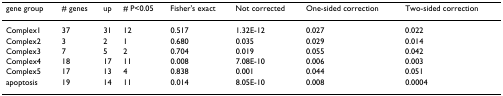
<table><thead><tr><td><b>gene group</b></td><td><b># genes</b></td><td><b>up</b></td><td><b># P&lt;0.05</b></td><td><b>Fisher&#x27;s exact</b></td><td><b>Not corrected</b></td><td><b>One-sided correction</b></td><td><b>Two-sided correction</b></td></tr></thead><tbody><tr><td>Complex1</td><td>37</td><td>31</td><td>12</td><td>0.517</td><td>1.32E-12</td><td>0.027</td><td>0.022</td></tr><tr><td>Complex2</td><td>3</td><td>2</td><td>1</td><td>0.680</td><td>0.035</td><td>0.029</td><td>0.014</td></tr><tr><td>Complex3</td><td>7</td><td>5</td><td>2</td><td>0.704</td><td>0.019</td><td>0.055</td><td>0.042</td></tr><tr><td>Complex4</td><td>18</td><td>17</td><td>11</td><td>0.008</td><td>7.08E-10</td><td>0.006</td><td>0.003</td></tr><tr><td>Complex5</td><td>17</td><td>13</td><td>4</td><td>0.838</td><td>0.001</td><td>0.044</td><td>0.051</td></tr><tr><td>apoptosis</td><td>19</td><td>14</td><td>11</td><td>0.014</td><td>8.05E-10</td><td>0.008</td><td>0.0004</td></tr></tbody></table>